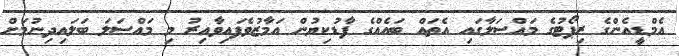
އެމްޑީއެންގެ ރިޕޯޓުގެ މައްސަލާގައި އެތައް ބައެއްގެ ފާޑުކިޔުން އަމާޒުވެފައިވާއިރު މި މައްސަލަ ބަލައިދިނުމަށް